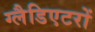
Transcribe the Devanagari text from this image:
ग्लैडिएटरों